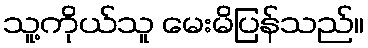
သူ့ကိုယ်သူ မေးမိပြန်သည်။